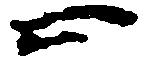
止